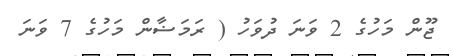
ޖޫން މަހުގެ 2 ވަނަ ދުވަހު ( ރަމަޟާން މަހުގެ 7 ވަނަ